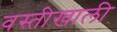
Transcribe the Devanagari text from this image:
वस्तीखाली